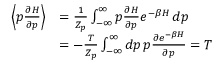
\begin{array} { r l } { \left\langle p \frac { \partial H } { \partial p } \right\rangle } & { = \frac { 1 } { Z _ { p } } \int _ { - \infty } ^ { \infty } p \frac { \partial H } { \partial p } e ^ { - \beta H } \, d p } \\ & { = - \frac { T } { Z _ { p } } \int _ { - \infty } ^ { \infty } d p \, p \frac { \partial e ^ { - \beta H } } { \partial p } = T } \end{array}